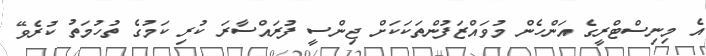
އެ މިނިސްޓްރީގެ އަންހެން މުވައްޒަފުންތަކަކަށް ޖިންސީ ފުރައްސާރަ ކުރި ކަމުގެ ތުހުމަތު ކުރެވޭ